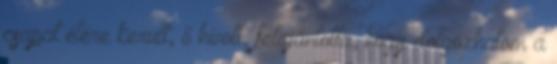
csapat élére került, ő hívott, felajánlotta, hogy dolgozhatom a